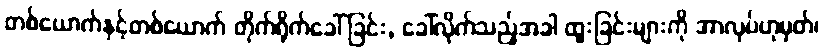
တစ်ယောက်နှင့်တစ်ယောက် တိုက်ရိုက်ခေါ်ခြင်း, ခေါ်လိုက်သည့်အခါ ထူးခြင်းများကို အာလုပ်ဟုမှတ်၊